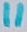
Text: 11